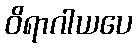
ဝိရာဂါယပေ